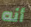
أنه